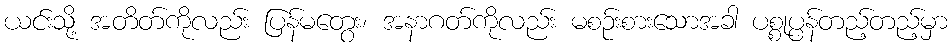
ယင်းသို့ အတိတ်ကိုလည်း ပြန်မတွေး၊ အနာဂတ်ကိုလည်း မစဉ်းစားသောအခါ ပစ္စုပ္ပန်တည့်တည့်မှာ